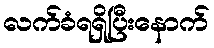
လက်ခံရရှိပြီးနောက်